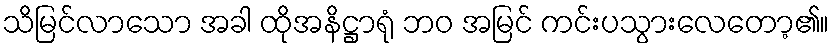
သိမြင်လာသော အခါ ထိုအနိဋ္ဌာရုံ ဘဝ အမြင် ကင်းပသွားလေတော့၏။